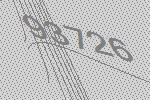
93726